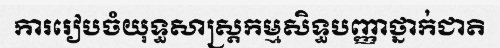
ការរៀបចំយុទ្ធសាស្ត្រកម្មសិទ្ធបញ្ញាថ្នាក់ជាតិ